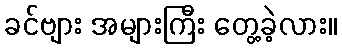
ခင်ဗျား အများကြီး တွေ့ခဲ့လား။